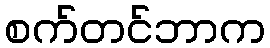
စက်တင်ဘာက